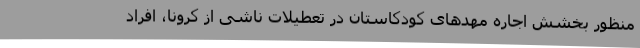
منظور بخشش اجاره مهدهای کودکاستان در تعطیلات ناشی از کرونا، افراد